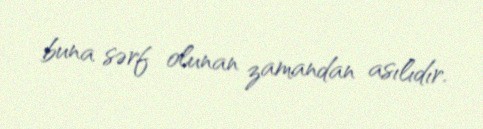
buna sərf olunan zamandan asılıdır.